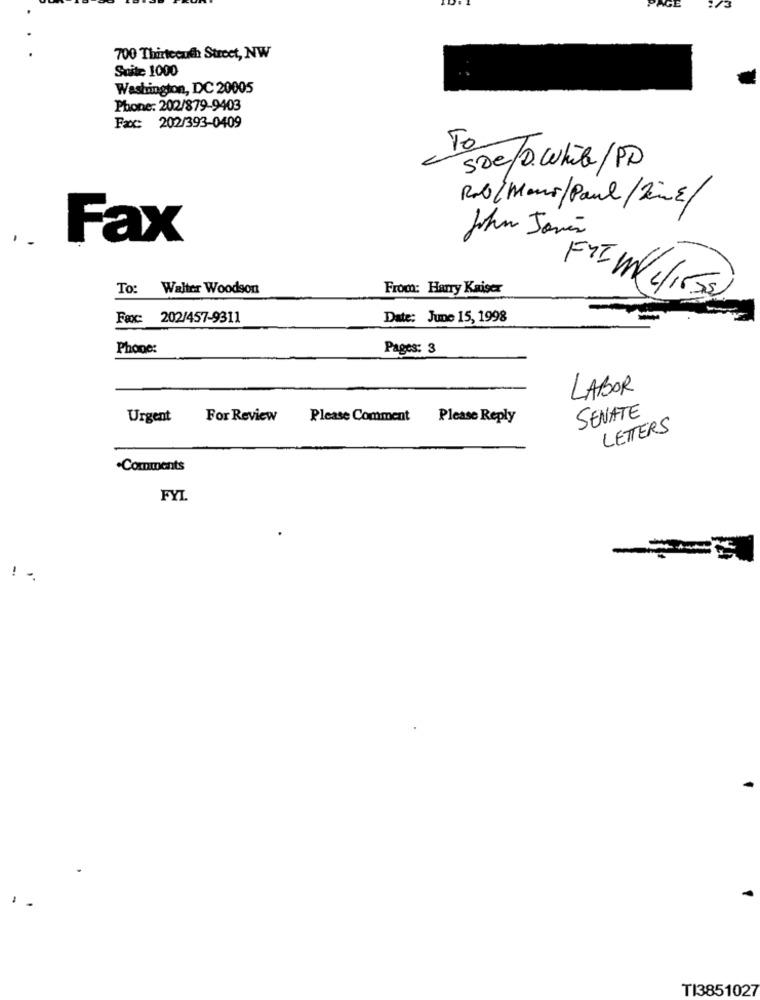
AGE
700 Thixtecauch Street, NW
Suite 1000
Washington, DC 20005
Phone: 202/879-9403
Fax: 202/393-0409
Te
soe/0.white/PD
Rdb/Mono/Paul/Zine/
.. Fax
John Janés
To:
Walter Woodson
From: Harry Kaiser
FIIM c/150
Fax: 202/457-9311
Date: June 15, 1998
Phone:
Pages: 3
LABOR
SENATE
Urgent
For Review
Please Comment
Please Reply
LETTERS
.Comments
FYL
TI3851027